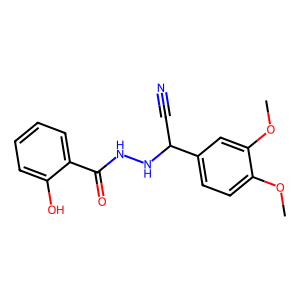
SMILES: COc1ccc(C(C#N)NNC(=O)c2ccccc2O)cc1OC
Inhibits HIV replication: No